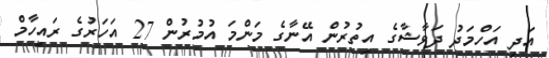
އަދި އަހްމަދު ދަވާޝާގެ އިތުރުން އޭނާގެ މަންމަ އުމުރުން 27 އަހަރުގެ ރައިހާމް